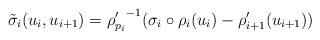
LaTeX: \begin{align*}\tilde{\sigma}_i(u_i,u_{i+1}) = {\rho_{p_i}'}^{-1}(\sigma_i \circ \rho_i(u_i) -\rho_{i+1}'(u_{i+1}))\end{align*}